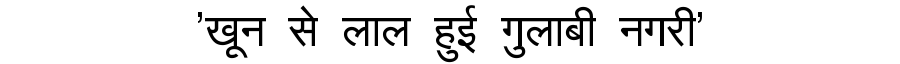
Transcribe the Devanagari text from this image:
'खून से लाल हुई गुलाबी नगरी'